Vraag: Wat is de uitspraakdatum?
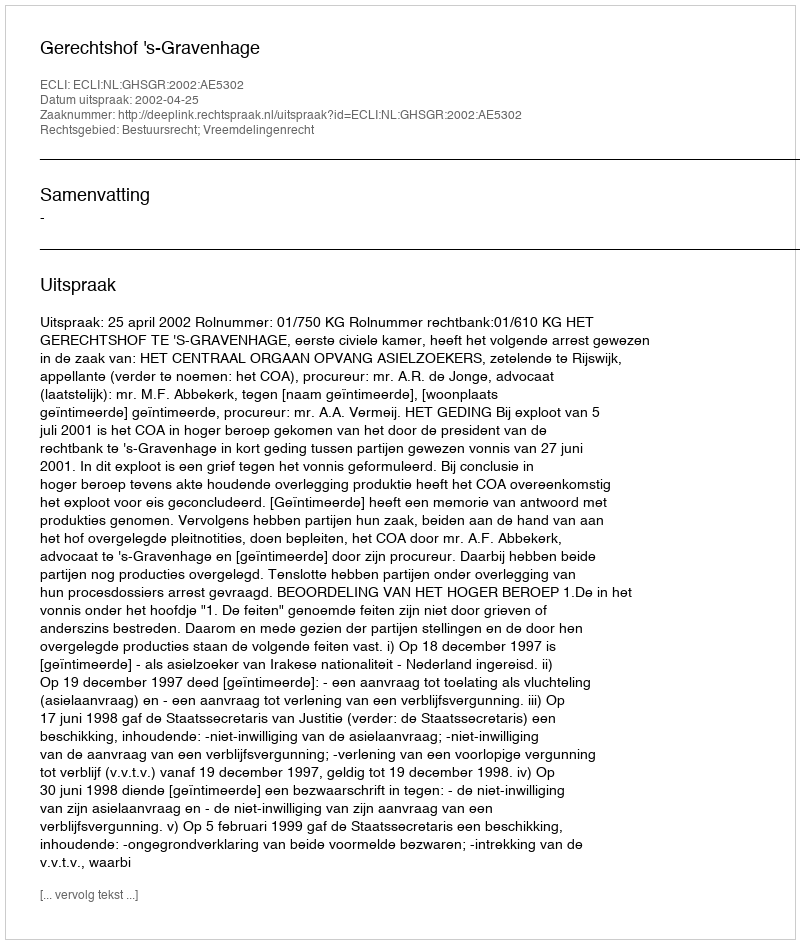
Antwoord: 2002-04-25